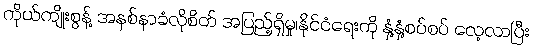
ကိုယ်ကျိုးစွန့် အနစ်နာခံလိုစိတ် အပြည့်ရှိမှု၊နိုင်ငံရေးကို နှံ့နှံ့စပ်စပ် လေ့လာပြီး